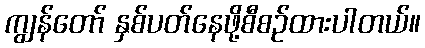
ကျွန်တော် နှစ်ပတ်နေဖို့စီစဉ်ထားပါတယ်။